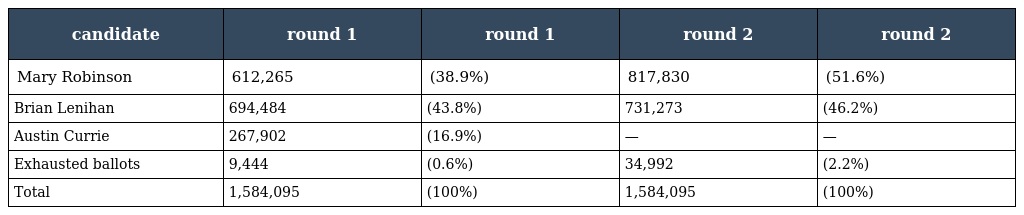
| candidate | round 1 | round 1 | round 2 | round 2 |
 | --- | --- | --- | --- | --- |
 | Mary Robinson | 612,265 | (38.9%) | 817,830 | (51.6%) |
 | Brian Lenihan | 694,484 | (43.8%) | 731,273 | (46.2%) |
 | Austin Currie | 267,902 | (16.9%) | — | — |
 | Exhausted ballots | 9,444 | (0.6%) | 34,992 | (2.2%) |
 | Total | 1,584,095 | (100%) | 1,584,095 | (100%) |